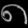
Digit: ၈